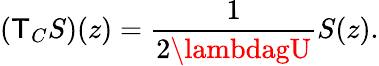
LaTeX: (\mathsf{T}_{C}S)(z)=\frac{{1}}{{2\lambdagU}}S(z).